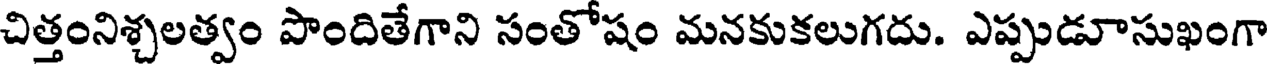
చిత్తంనిశ్చలత్వం పొందితేగాని సంతోషం మనకుకలుగదు. ఎప్పుడూసుఖంగా